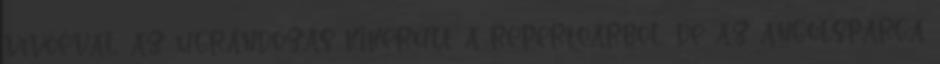
vívóéval, az ugrándozás kikerült a repertoárból, de az angolspárga